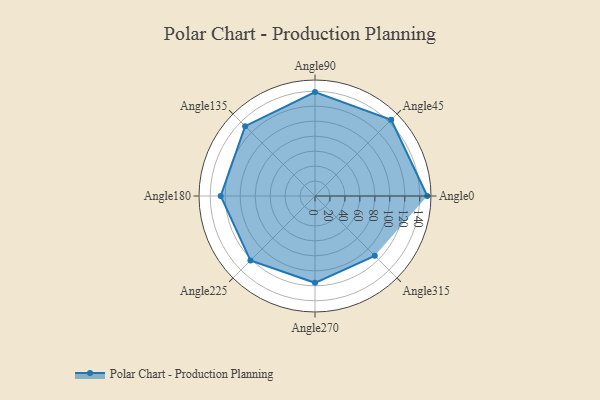
{"axis": {"x": "Angle", "y": "Radius"}, "legend": [""], "data": [{"x": "Angle0", "y": 150.0, "type": ""}, {"x": "Angle45", "y": 144.0, "type": ""}, {"x": "Angle90", "y": 139.0, "type": ""}, {"x": "Angle135", "y": 132.0, "type": ""}, {"x": "Angle180", "y": 126.0, "type": ""}, {"x": "Angle225", "y": 122.0, "type": ""}, {"x": "Angle270", "y": 116.0, "type": ""}, {"x": "Angle315", "y": 113.0, "type": ""}]}